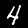
Label: 4